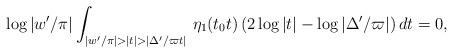
LaTeX: \begin{align*}\log|w'/\pi|\int_{|w'/\pi|>|t|>|\Delta'/\varpi t|} \,\eta_1(t_0 t)\,(2\log|t|-\log|\Delta'/\varpi|)\,dt=0,\end{align*}